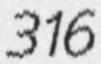
316